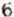
6